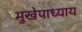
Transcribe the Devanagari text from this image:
मुखेपाध्याय